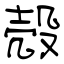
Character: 殻